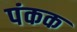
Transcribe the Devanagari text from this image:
पंकक